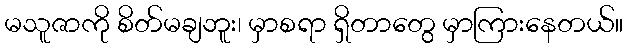
မသူဇာကို စိတ်မချဘူး၊ မှာစရာ ရှိတာတွေ မှာကြားနေတယ်။